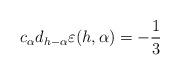
LaTeX: \begin{align*}c_{\alpha}d_{h-\alpha}\varepsilon(h, \alpha)=-\frac{1}{3}\end{align*}